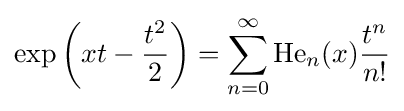
\exp \left(xt-{\frac {t^{2}}{2}}\right)=\sum _{n=0}^{\infty }\operatorname {He} _{n}(x){\frac {t^{n}}{n!}}